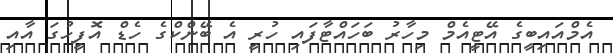
އެމްއައިބީގެ އޭޓީއެމް މިހާރު ބަހައްޓާފައި ހުރީ އެ ބޭންކްގެ ހެޑް އޮފީހުގަ އާއި